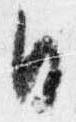
日